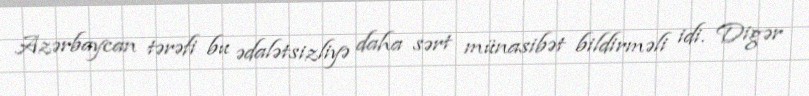
Azərbaycan tərəfi bu ədalətsizliyə daha sərt münasibət bildirməli idi. Digər